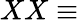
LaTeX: XX\equiv